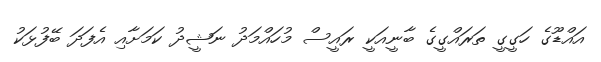
އައްޑޫގެ ހަގީގީ ތަރައްގީގެ ބާނީއަކީ ރައީސް މުހައްމަދު ނަޝީދު ކަމަށާއި އެފަދަ ބޭފުޅަކު